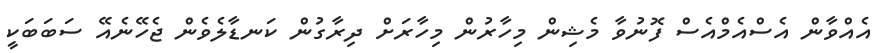
އެއްވާން އެސްއެމްއެސް ފޮނުވާ މެޝިން މިހާރުން މިހާރަށް ދިރާގުން ކަނޑާލެވެން ޖެހޭނެއޭ ސަބަބަކީ